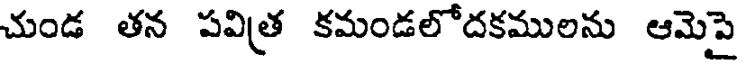
చుండ తన పవిత్ర కమండలోదకములను ఆమెపై